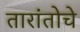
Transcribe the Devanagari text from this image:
तारांतोचे